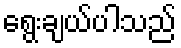
ရွေးချယ်ပါသည်